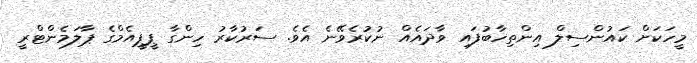
މީހަކަށް ކައުންސިލް އިންތިހާބުފައި ވާދައެއް ނުކުރެވޭނެ އެވެ. ސަރުކާރު ހިންގާ ޕީޕީއެމްގެ ޕާލަމެންޓްރީ